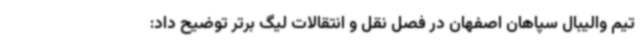
تیم والیبال سپاهان اصفهان در فصل نقل و انتقالات لیگ برتر توضیح داد: